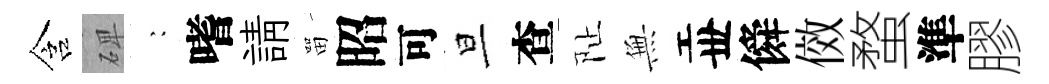
含𥓓巍嗜請㽞昭可旦查阯𭴾丗僢傚蝥準膠